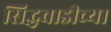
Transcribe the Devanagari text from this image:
सिद्धवाडीच्या